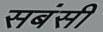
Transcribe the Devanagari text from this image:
सबंसी